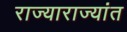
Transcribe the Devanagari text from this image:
राज्याराज्यांत